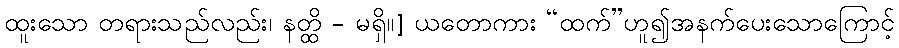
ထူးသော တရားသည်လည်း၊ နတ္ထိ - မရှိ။] ယတောကား “ထက်”ဟူ၍အနက်ပေးသောကြောင့်